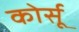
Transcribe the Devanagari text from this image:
कोर्सू